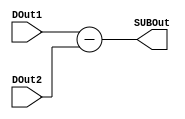
module Subber(
    DOut1, 
    DOut2,
    SUBOut
);

input [7:0] DOut1;
input [7:0] DOut2;
output [7:0] SUBOut;

wire [7:0] DOut1;
wire [7:0] DOut2;
reg [7:0] SUBOut;

always @ (*)
SUBOut <= DOut1 - DOut2;

endmodule